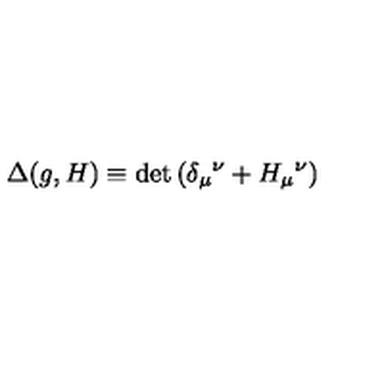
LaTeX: \Delta ( g , H ) \equiv \det { \left( \delta _ { \mu } { } ^ { \nu } + H _ { \mu } { } ^ { \nu } \right) }